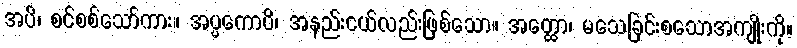
အပိ၊ စင်စစ်သော်ကား။ အပ္ပကောပိ၊ အနည်းငယ်လည်းဖြစ်သော။ အတ္ထော၊ မသေခြင်းစသောအကျိုးကို။